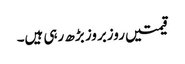
قیمتیں روزبروز بڑھ رہی ہیں۔